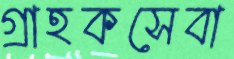
গ্রাহকসেবা